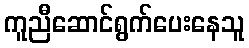
ကူညီဆောင်ရွက်ပေးနေသူ